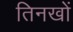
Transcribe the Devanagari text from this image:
तिनखों